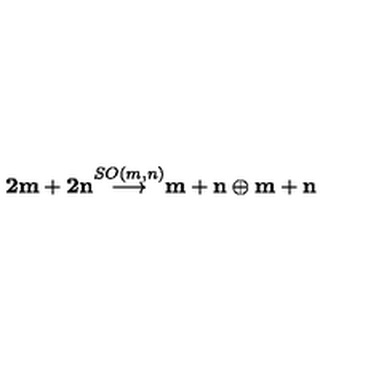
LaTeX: { \bf { 2 m + 2 n } } { \stackrel { S O ( m , n ) } { \longrightarrow } } { \bf { m + n } } \oplus { \bf { m + n } }